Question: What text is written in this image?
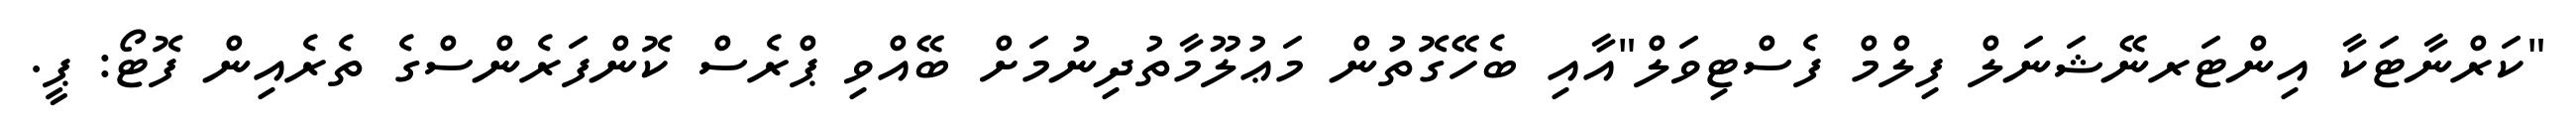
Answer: "ކަރްނާޓަކާ އިންޓަރނޭޝަނަލް ފިލްމް ފެސްޓިވަލް"އާއި ބެހޭގޮތުން މަޢުލޫމާތުދިނުމަށް ބޭއްވި ޕްރެސް ކޮންފަރެންސްގެ ތެރެއިން ފޮޓޯ: ޕީ.